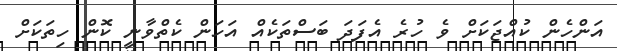
އަންހެން ކުއްޖަކަށް ވެ ހުރެ އެފަދަ ބަސްތަކެއް އަހަން ކެތްވާނީ ކޮން ހިތަކަށް